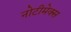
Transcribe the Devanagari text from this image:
नोटीमेक्स